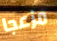
مزعجا